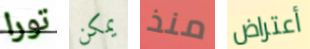
تورا يمكن منذ أعتراض